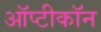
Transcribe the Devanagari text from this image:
ऑप्टीकॉन